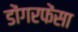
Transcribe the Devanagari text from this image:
डोंगरफेंसा